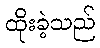
ထိုးခဲ့သည်